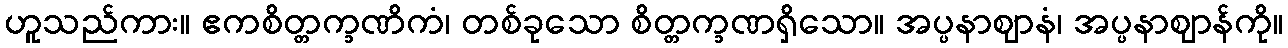
ဟူသည်ကား။ ဧကစိတ္တက္ခဏိကံ၊ တစ်ခုသော စိတ္တက္ခဏရှိသော။ အပ္ပနာဈာနံ၊ အပ္ပနာဈာန်ကို။